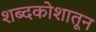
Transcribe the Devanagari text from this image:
शब्दकोशातून